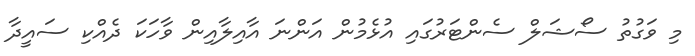
މި ވަގުތު ސޯޝަލް ސެންޓަރުގައި އުޅެމުން އަންނަ އާއިލާއިން ވާހަކަ ދެއްކި ސައީދާ